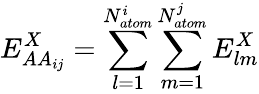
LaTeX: E_{AA_{ij}}^{X}=\sum_{l=1}^{N_{atom}^{i}}\sum_{m=1}^{N_{atom}^{j}}E_{lm}^{X}